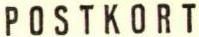
POSTKORT